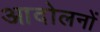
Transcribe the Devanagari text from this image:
आदोलनों